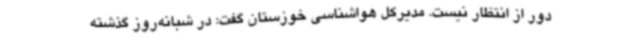
دور از انتظار نیست. مدیرکل هواشناسی خوزستان گفت: در شبانه‌روز گذشته